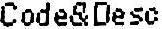
CODE&DESO